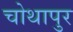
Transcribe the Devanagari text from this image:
चोथापुर